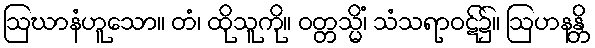
ဩဃာနံဟူသော။ တံ၊ ထိုသူကို။ ဝတ္တသ္မိံ၊ သံသရာဝဋ်၌။ ဩဟနန္တိ